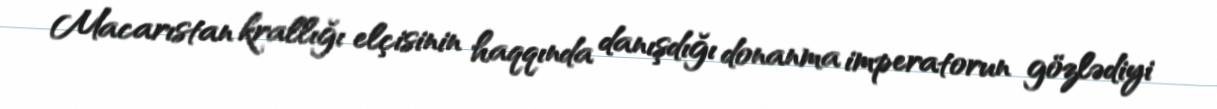
Macarıstan krallığı elçisinin haqqında danışdığı donanma imperatorun gözlədiyi